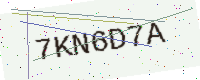
Text: 7KN6D7A